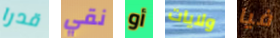
قدرا نقي أو ولايات فيا